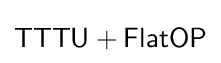
{\mathsf {TTTU+FlatOP}}